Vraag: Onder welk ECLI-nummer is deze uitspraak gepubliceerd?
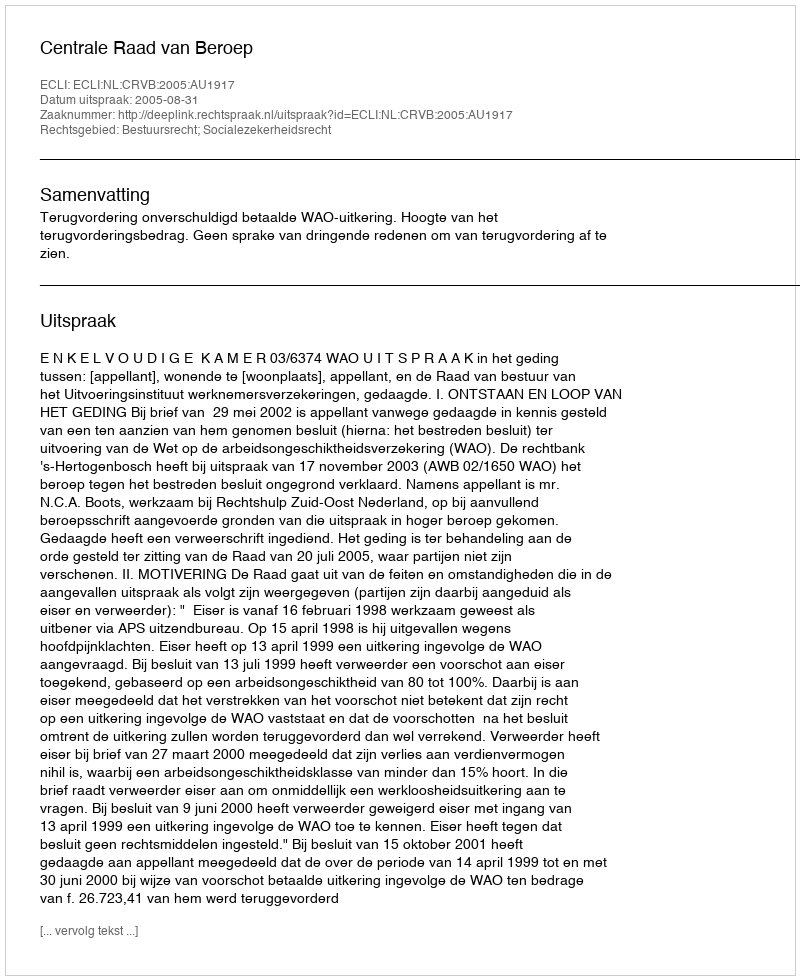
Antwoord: ECLI:NL:CRVB:2005:AU1917